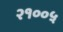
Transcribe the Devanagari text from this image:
२१००५